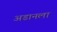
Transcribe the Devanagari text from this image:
अडानला